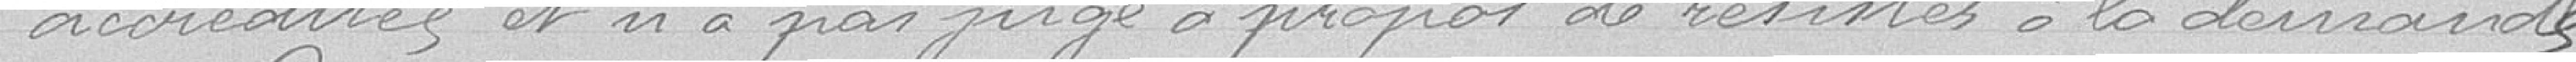
accrédités et n'a pas jugé à propos de résister à la demande